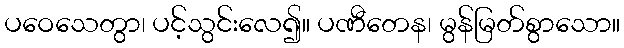
ပဝေသေတွာ၊ ပင့်သွင်းလေ၍။ ပဏီတေန၊ မွန်မြတ်စွာသော။